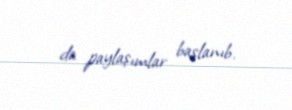
da paylaşımlar başlanıb.